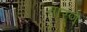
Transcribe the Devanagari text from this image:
तारणे